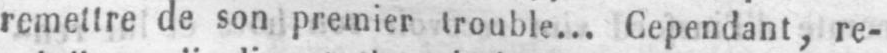
remettre de son premier trouble... Cependant, re-